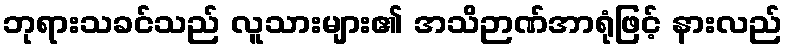
ဘုရားသခင်သည် လူသားများ၏ အသိဉာဏ်အာရုံဖြင့် နားလည်